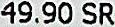
49.90 SR